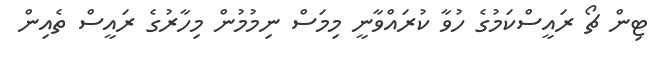
ޓިން ޗޯ ރައީސްކަމުގެ ހުވާ ކުރައްވާނީ މިމަސް ނިމުމުން މިހާރުގެ ރައީސް ތެއިން